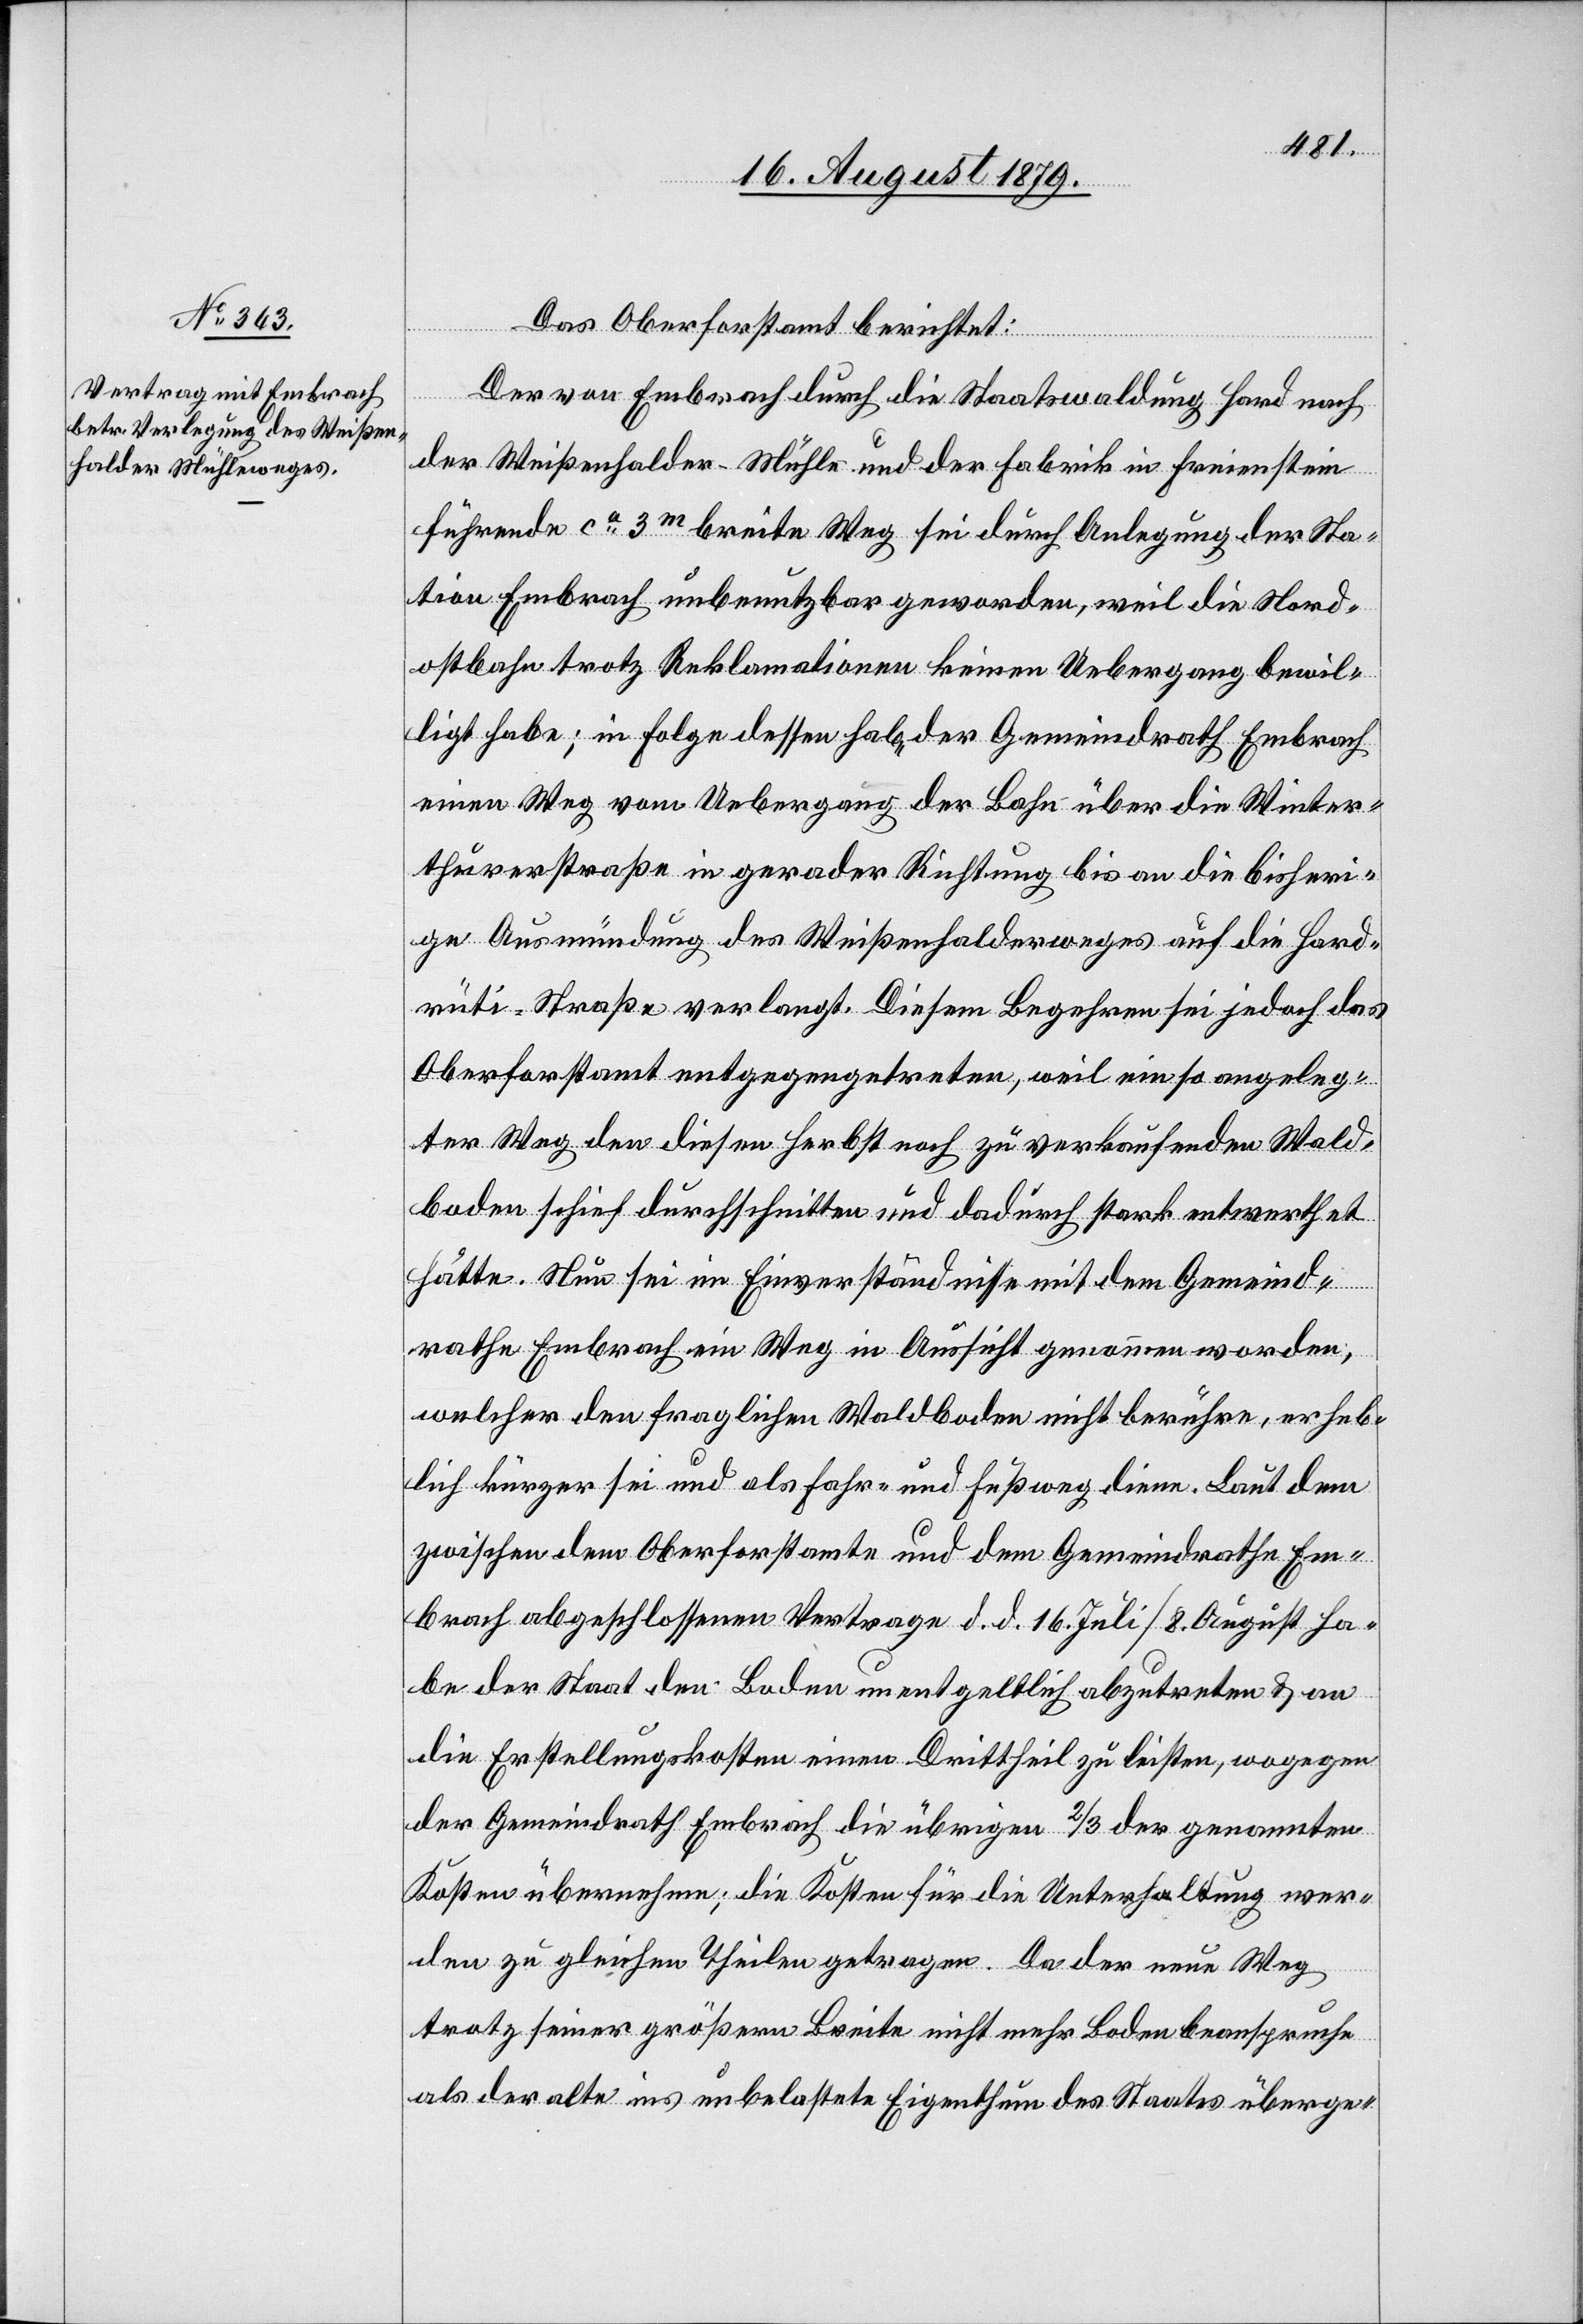
Das Oberforstamt berichtet:
Der von Embrach durch die Staatswaldung Hard nach
der Weißenhalder-Mühle und der Fabrik in Freienstein
führende ca 3m breite Weg sei durch Anlegung der Sta¬
tion Embrach unbenutzbar geworden, weil die Nord¬
ostbahn trotz Reklamationen keinen Uebergang bewil¬
ligt habe; in Folge dessen habe der Gemeindrath Embrach
einen Weg vom Uebergang der Bahn über die Winter¬
thurerstraße in gerader Richtung bis an die bisheri¬
ge Ausmündung des Weißenhaldenweges auf die Hard¬
rüti-Straße verlangt. Diesem Begehren sei jedoch das
Oberforstamt entgegengetreten, weil ein so angeleg¬
ter Weg den diesen Herbst noch zu verkaufenden Wald¬
boden schief durchschnitten und dadurch stark entwerthet
hätte. Nun sei im Einverständniß mit dem Gemeind¬
rathe Embrach ein Weg in Aussicht genommen worden,
welcher den fraglichen Waldboden nicht berühre, erheb¬
lich kürzer sei und als Fahr- und Fußweg diene. Laut dem
zwischen dem Oberforstamte und dem Gemeindrathe Em¬
brach abgeschlossenen Vertrage d. d. 16. Juli/8. August ha¬
be der Staat den Boden unentgeltlich abzutreten & an
die Erstellungskosten einen Drittheil zu leisten, wogegen
der Gemeindrath Embrach die übrigen 2/3 der genannten
Kosten übernehme; die Kosten für die Unterhaltung wer¬
den zu gleichen Theilen getragen. Da der neue Weg
trotz seiner größern Breite nicht mehr Boden beanspruche
als der alte ins unbelastete Eigenthum des Staates überge-